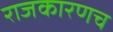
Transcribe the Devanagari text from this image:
राजकारणच